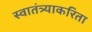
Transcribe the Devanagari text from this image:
स्वातंत्र्याकरिता